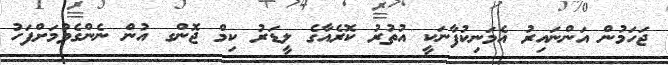
ޖަހަމުން އަންނައިރު އެމަނިކުފާނަކީ އުތުރު ކޮރެއާގެ ލީޑަރު ކިމް ޖޮންގ އުން ނެންގެވުމަށްފަހު